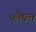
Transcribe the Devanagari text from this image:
फोएल